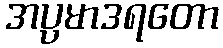
အပ္ပမာဒရတော